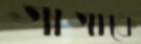
গাগাকে